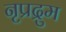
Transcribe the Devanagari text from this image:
नृप्रद्रुम